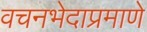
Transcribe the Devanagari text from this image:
वचनभेदाप्रमाणे